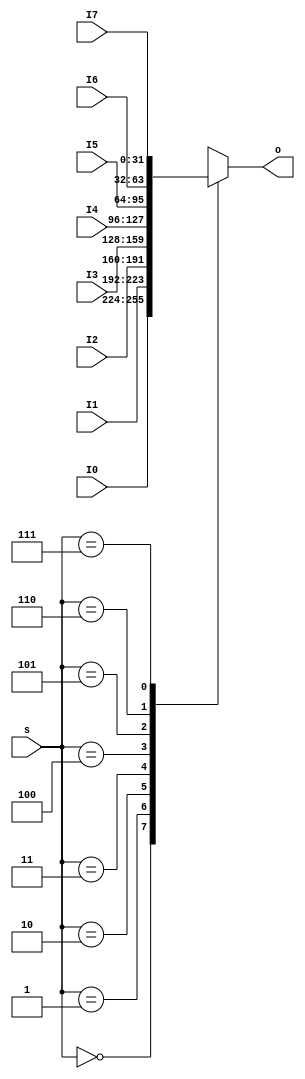
`timescale 1ns / 1ps
//////////////////////////////////////////////////////////////////////////////////
// Company: 
// Engineer: 
// 
// Design Name: 
// Module Name:    MUX8T1_32 
// Project Name: 
// Target Devices: 
// Tool versions: 
// Description: 
//
// Dependencies: 
//
// Revision: 
// Revision 0.01 - File Created
// Additional Comments: 
//
//////////////////////////////////////////////////////////////////////////////////
module  MUX8T1_32( input [2:0]s,
						 input [31:0]I0,
						 input [31:0]I1,
						 input [31:0]I2,
						 input [31:0]I3,
						 input [31:0]I4,
						 input [31:0]I5,
						 input [31:0]I6,
						 input [31:0]I7,			 
						 output reg [31:0]o
						 );
		always @ *			 
			case(s)
				3'd0: o = I0;
				3'd1: o = I1;
				3'd2: o = I2;
				3'd3: o = I3;
				3'd4: o = I4;
				3'd5: o = I5;
				3'd6: o = I6;
				3'd7: o = I7;
				default : ;
			endcase	
			
endmodule